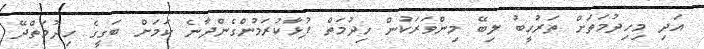
އަދި މިހިދުމަތަށް ތަރުހީބު ލިބޭ މިންވަރަކުން ހިދުމަތް ފުޅާކުރަމުންގެންދާނެ ކަމަށް ބަގީގެ ހިދުމަތްދޭ